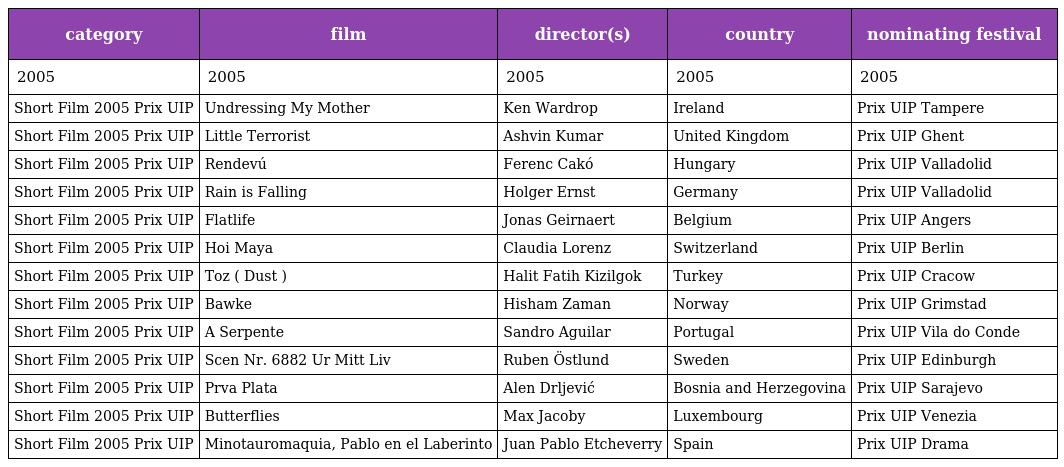
| category | film | director(s) | country | nominating festival |
 | --- | --- | --- | --- | --- |
 | 2005 | 2005 | 2005 | 2005 | 2005 |
 | Short Film 2005 Prix UIP | Undressing My Mother | Ken Wardrop | Ireland | Prix UIP Tampere |
 | Short Film 2005 Prix UIP | Little Terrorist | Ashvin Kumar | United Kingdom | Prix UIP Ghent |
 | Short Film 2005 Prix UIP | Rendevú | Ferenc Cakó | Hungary | Prix UIP Valladolid |
 | Short Film 2005 Prix UIP | Rain is Falling | Holger Ernst | Germany | Prix UIP Valladolid |
 | Short Film 2005 Prix UIP | Flatlife | Jonas Geirnaert | Belgium | Prix UIP Angers |
 | Short Film 2005 Prix UIP | Hoi Maya | Claudia Lorenz | Switzerland | Prix UIP Berlin |
 | Short Film 2005 Prix UIP | Toz ( Dust ) | Halit Fatih Kizilgok | Turkey | Prix UIP Cracow |
 | Short Film 2005 Prix UIP | Bawke | Hisham Zaman | Norway | Prix UIP Grimstad |
 | Short Film 2005 Prix UIP | A Serpente | Sandro Aguilar | Portugal | Prix UIP Vila do Conde |
 | Short Film 2005 Prix UIP | Scen Nr. 6882 Ur Mitt Liv | Ruben Östlund | Sweden | Prix UIP Edinburgh |
 | Short Film 2005 Prix UIP | Prva Plata | Alen Drljević | Bosnia and Herzegovina | Prix UIP Sarajevo |
 | Short Film 2005 Prix UIP | Butterflies | Max Jacoby | Luxembourg | Prix UIP Venezia |
 | Short Film 2005 Prix UIP | Minotauromaquia, Pablo en el Laberinto | Juan Pablo Etcheverry | Spain | Prix UIP Drama |